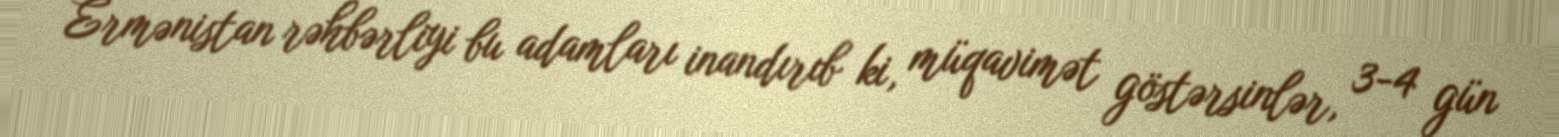
Ermənistan rəhbərliyi bu adamları inandırıb ki, müqavimət göstərsinlər, 3-4 gün